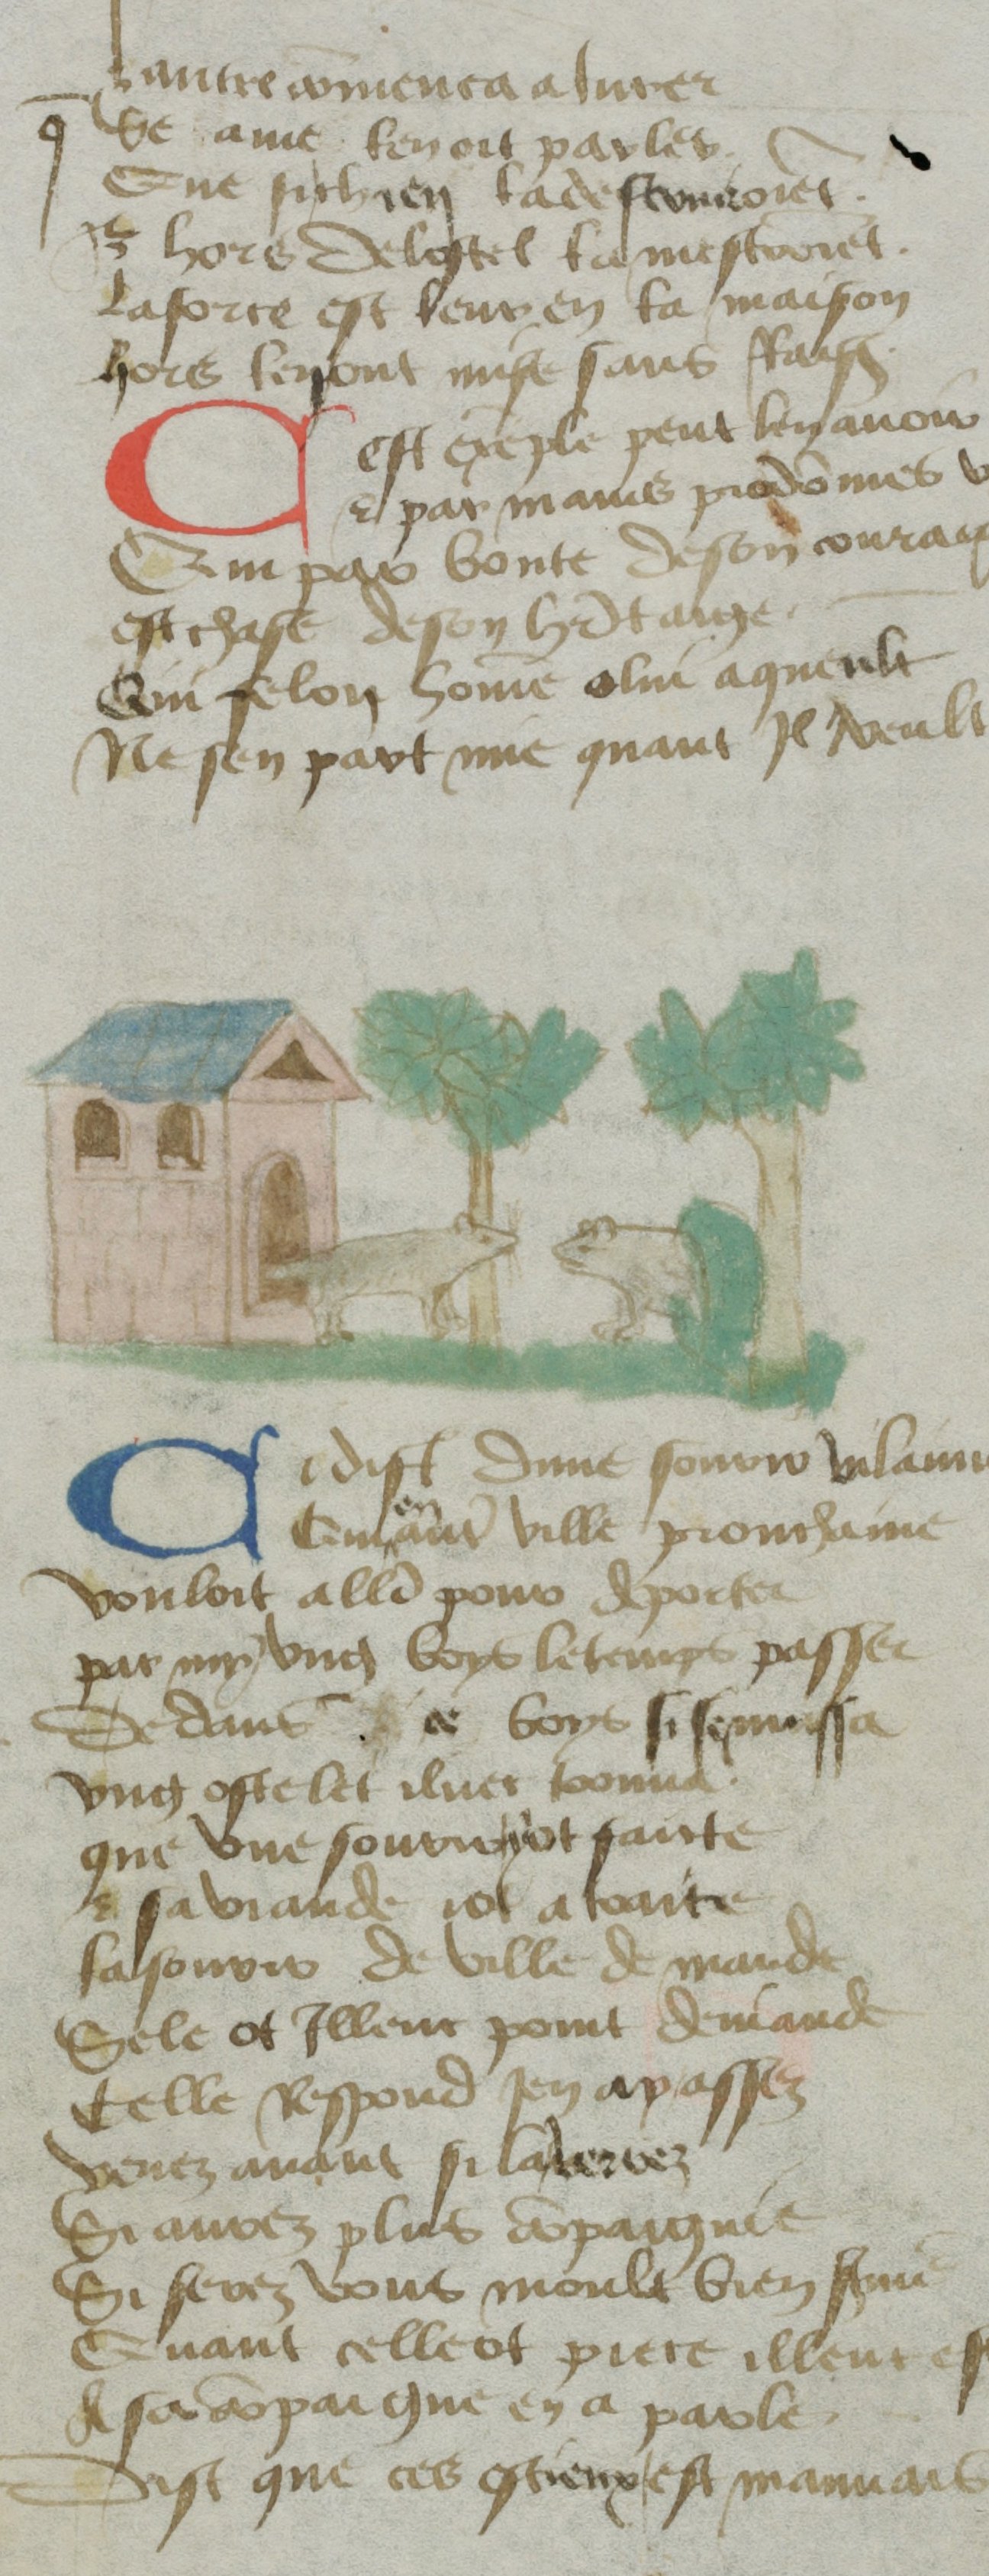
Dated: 1400–1499